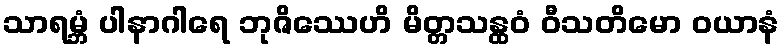
သာရမ္ဘံ ပါနာဂါရေ ဘုဇိဿေဟိ မိတ္တသန္ထဝံ ဝီသတိမော ဝယာနံ